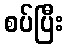
စပ်ပြီး